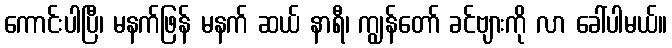
ကောင်းပါပြီ၊ မနက်ဖြန် မနက် ဆယ် နာရီ၊ ကျွန်တော် ခင်ဗျားကို လာ ခေါ်ပါမယ်။